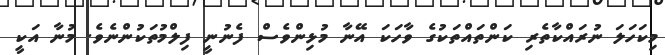
މިކަހަލަ ނުރައްކާތެރި ކަންތައްތަކުގެ ވާހަކަ އޭނާ މުޅިންވެސް ފެނުނީ ފިލްމުތަކުންނެވެ. މުނާ އަކީ